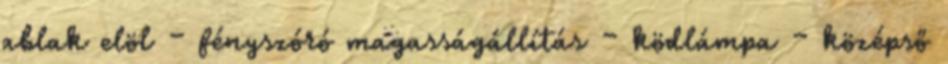
ablak elöl – fényszóró magasságállítás – ködlámpa – középső